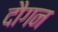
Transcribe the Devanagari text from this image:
दौगन